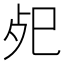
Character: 𢀸